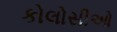
કોલોસીઓ